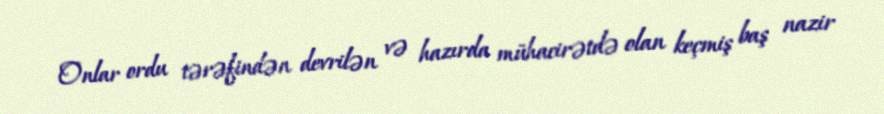
Onlar ordu tərəfindən devrilən və hazırda mühacirətdə olan keçmiş baş nazir